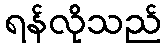
ရန်လိုသည်